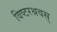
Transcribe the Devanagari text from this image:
विष्टरश्रवस्